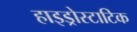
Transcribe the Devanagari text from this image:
हाइड्रोस्टाटिक